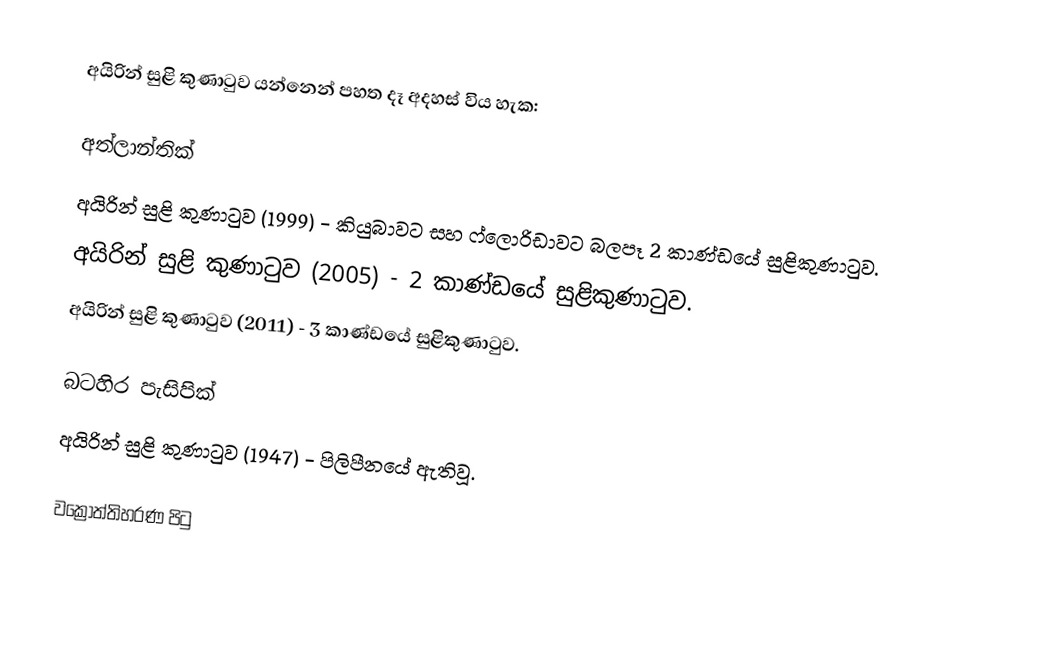
අයිරින් සුළි කුණාටුව යන්නෙන් පහත දෑ අදහස් විය හැක:

අත්ලාන්තික්
 අයිරින් සුළි කුණාටුව (1999) - කියුබාවට සහ ෆ්ලොරිඩාවට බලපෑ 2 කාණ්ඩයේ සුළිකුණාටුව.
 අයිරින් සුළි කුණාටුව (2005) - 2 කාණ්ඩයේ සුළිකුණාටුව.
 අයිරින් සුළි කුණාටුව (2011) - 3 කාණ්ඩයේ සුළිකුණාටුව.

බටහිර පැසිපික්
 අයිරින් සුළි කුණාටුව (1947) - පිලිපීනයේ ඇතිවූ.

වක්‍රෝත්තිහරණ පිටු